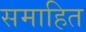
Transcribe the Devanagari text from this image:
समाहित